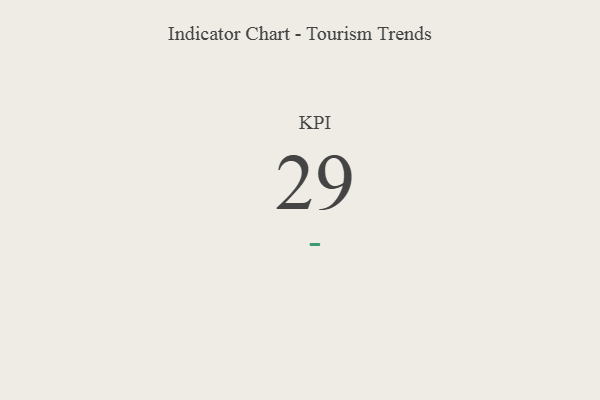
{"axis": {"x": "KPI", "y": "Value"}, "legend": [""], "data": [{"x": "KPI", "y": 29, "type": ""}]}